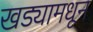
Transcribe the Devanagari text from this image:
खड्यामधून